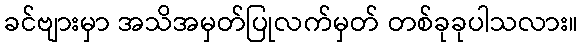
ခင်ဗျားမှာ အသိအမှတ်ပြုလက်မှတ် တစ်ခုခုပါသလား။